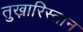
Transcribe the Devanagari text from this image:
तुख़ारिस्तान